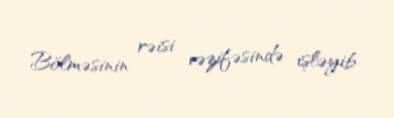
Bölməsinin rəisi vəzifəsində işləyib.